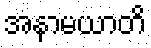
အနာမယာတိ